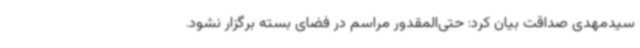
سیدمهدی صداقت بیان کرد: حتی‌المقدور مراسم در فضای بسته برگزار نشود.